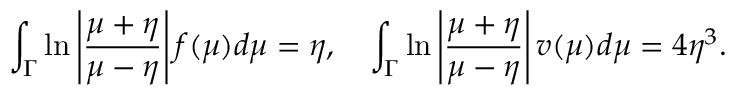
\int _ { \Gamma } \ln \left| \frac { \mu + \eta } { \mu - \eta } \right| f ( \mu ) d \mu = \eta , \quad \int _ { \Gamma } \ln \left| \frac { \mu + \eta } { \mu - \eta } \right| v ( \mu ) d \mu = 4 \eta ^ { 3 } .